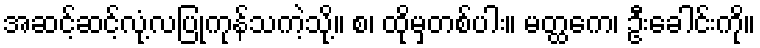
အဆင့်ဆင့်လုံ့လပြုကုန်သကဲ့သို့။ စ၊ ထိုမှတစ်ပါး။ မတ္ထကေ၊ ဦးခေါင်းကို။